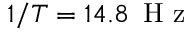
1 / T = 1 4 . 8 \, \mathrm { ~ H ~ z ~ }